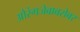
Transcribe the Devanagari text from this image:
औरंगजेबाबरोबर